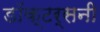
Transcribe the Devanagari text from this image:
डॉक्टर्सनी